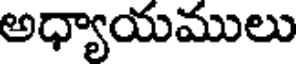
అధ్యాయములు